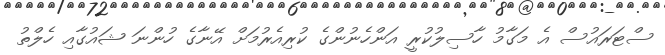
ސްޓަރައުސް އެ މަގާމު ހާސިލުކުރީ އަންހެނުންގެ ކުރިއެރުމަށް އޭނާގެ ހުންނަ ޝައުގާއި ހެލްތު